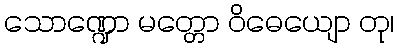
သောဏ္ဍော မတ္တော ဝိဓေယျော တု၊